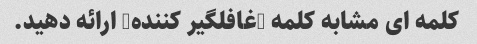
کلمه ای مشابه کلمه "غافلگیر کننده" ارائه دهید.